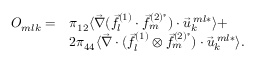
\begin{array} { r l } { O _ { m l k } = } & { \pi _ { 1 2 } \langle \vec { \nabla } ( \vec { f } _ { l } ^ { ( 1 ) } \cdot \vec { f } _ { m } ^ { ( 2 ) ^ { * } } ) \cdot \vec { u } _ { k } ^ { \: m l * } \rangle + } \\ & { 2 \pi _ { 4 4 } \langle \vec { \nabla } \cdot ( \vec { f } _ { l } ^ { ( 1 ) } \otimes \vec { f } _ { m } ^ { ( 2 ) ^ { * } } ) \cdot \vec { u } _ { k } ^ { \: m l * } \rangle . } \end{array}